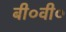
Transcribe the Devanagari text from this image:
बी०वी०